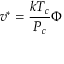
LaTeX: v ^ { * } = { \frac { k T _ { c } } { P _ { c } } } \Phi